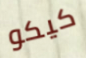
كيكو